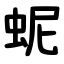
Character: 蚭